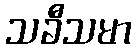
သခီသမာ